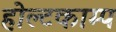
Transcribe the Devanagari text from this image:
होल्टकाम्प